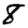
Digit: 8